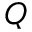
Q